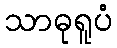
သာဓုရူပံ